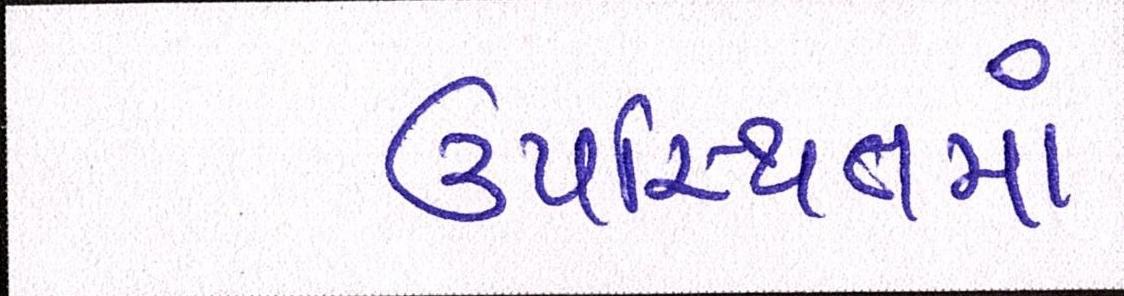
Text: ઉપસ્થિતમાં